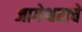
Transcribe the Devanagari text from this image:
जागेश्वराचे